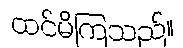
ထင်မိကြသည်။